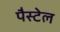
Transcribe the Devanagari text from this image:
पैस्टेल